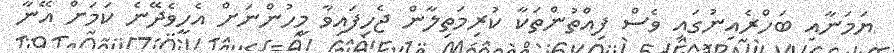
ޔަމަނާއި ބަހްރެއިނުގައި ވެސް ފިއްތުންތަކާ ކުރިމަތިލާން ޖެހިފައިވާ މީހުންނަށް އެހީވެދޭނެ ކަމަށް އޭނާ